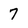
Character: 7